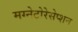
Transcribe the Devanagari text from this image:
मग्नेटोरेसेप्शन